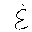
Letter: _gayn